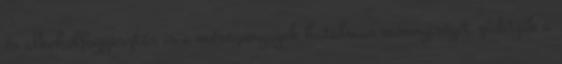
és alkoholfogyasztás is a méreganyagok hatalmas mennyiségét zúdítják a